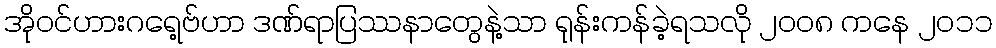
အိုဝင်ဟားဂရေ့ဗ်ဟာ ဒဏ်ရာပြဿနာတွေနဲ့သာ ရုန်းကန်ခဲ့ရသလို ၂၀၀၈ ကနေ ၂၀၁၁